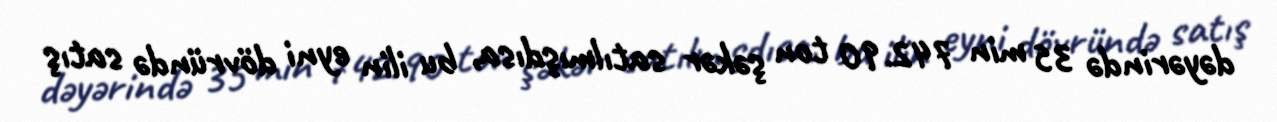
dəyərində 35 min 742.90 ton şəkər satılmışdısa, bu ilin eyni dövründə satış